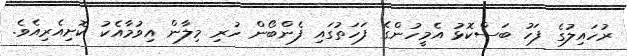
ރުހައިލުގެ ފަހު ބަސްކޮޅު އެމީހުންގެ ފަހަތުގައި ފެންބޯން ހުރި މިލާން އިވުމާއެކު ކޮށިއެރިއެވެ.